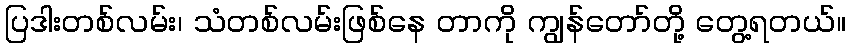
ပြဒါးတစ်လမ်း၊ သံတစ်လမ်းဖြစ်နေ တာကို ကျွန်တော်တို့ တွေ့ရတယ်။